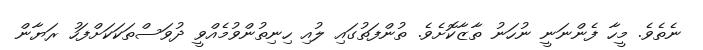
ނެތެވެ. މީހާ ފެންނަނީ ނުހަނު ތާޒާކޮށެވެ. ތުންފަތުގައި ލުއި ހިނިތުންވުމެއްވީ ދުވަސްތަކަކަށްފަހު ރަޔާން